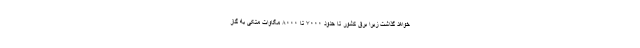
خواهد گذاشت زیرا برق کشور تا حدود ۷۰۰۰ تا ۸۰۰۰ مگاوات متکی به گاز